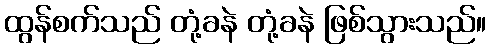
ထွန်စက်သည် တုံ့ခနဲ တုံ့ခနဲ ဖြစ်သွားသည်။